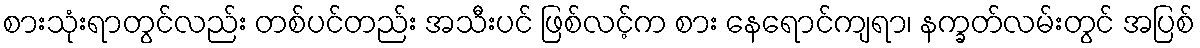
စားသုံးရာတွင်လည်း တစ်ပင်တည်း အသီးပင် ဖြစ်လင့်က စား နေရောင်ကျရာ၊ နက္ခတ်လမ်းတွင် အပြစ်